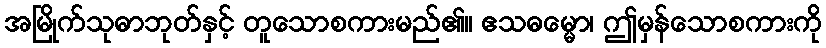
အမြိုက်သုဓာဘုတ်နှင့် တူသောစကားမည်၏။ ဧသဓမ္မော၊ ဤမှန်သောစကားကို